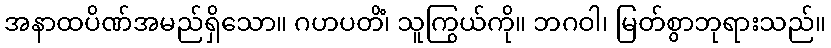
အနာထပိဏ်အမည်ရှိသော။ ဂဟပတိံ၊ သူကြွယ်ကို။ ဘဂဝါ၊ မြတ်စွာဘုရားသည်။